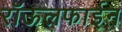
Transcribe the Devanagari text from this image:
रॉऊलफाईन